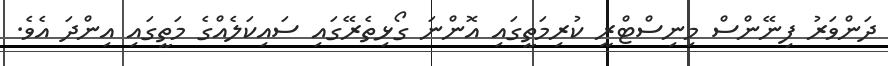
ދަންވަރު ފިނޭންސް މިނިސްޓްރީ ކުރިމަތީގައި އޮންނަ ގޯޅިތެރޭގައި ސައިކަލެއްގެ މަތީގައި އިންދަ އެވެ.